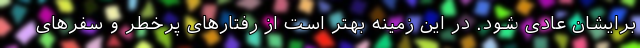
برایشان عادی شود. در این زمینه بهتر است از رفتارهای پرخطر و سفرهای